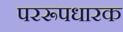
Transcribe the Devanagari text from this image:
पररूपधारक